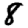
Digit: 8